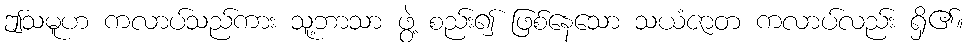
ဤသမူဟ ကလာပ်သည်ကား သူ့ဘာသာ ဖွဲ့ စည်း၍ ဖြစ်နေသော သယံဇာတ ကလာပ်လည်း ရှိ၏။